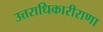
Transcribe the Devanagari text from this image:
उत्तराधिकारीराणा